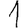
Digit: 1